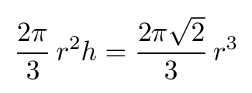
{\frac {2\pi }{3}}\,r^{2}h={\frac {2\pi {\sqrt {2}}}{3}}\,r^{3}